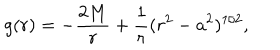
g ( r ) = - { \frac { 2 M } { r } } + { \frac { 1 } { r } } ( r ^ { 2 } - a ^ { 2 } ) ^ { 1 / 2 } ,